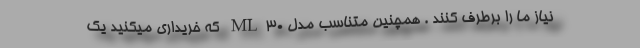
نیاز ما را برطرف کنند . همچنین متناسب مدل ML30 که خریداری میکنید یک